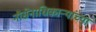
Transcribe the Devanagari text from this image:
नौसेनाधिकाऱ्यांच्या